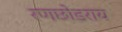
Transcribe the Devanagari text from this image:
रणछोडराय